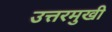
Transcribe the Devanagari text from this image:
उत्तरमुखी